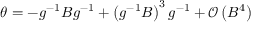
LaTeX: \theta = - g ^ { - 1 } B g ^ { - 1 } + \left( g ^ { - 1 } B \right) ^ { 3 } g ^ { - 1 } + \mathcal { O } \left( B ^ { 4 } \right)